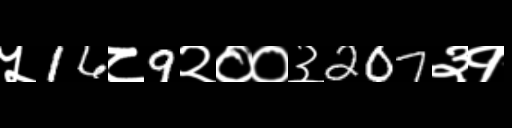
Text: ५16८9२००३207३१